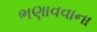
ભણાવવાના